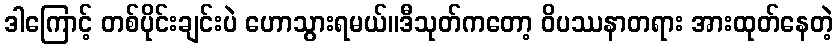
ဒါကြောင့် တစ်ပိုင်းချင်းပဲ ဟောသွားရမယ်။ဒီသုတ်ကတော့ ဝိပဿနာတရား အားထုတ်နေတဲ့